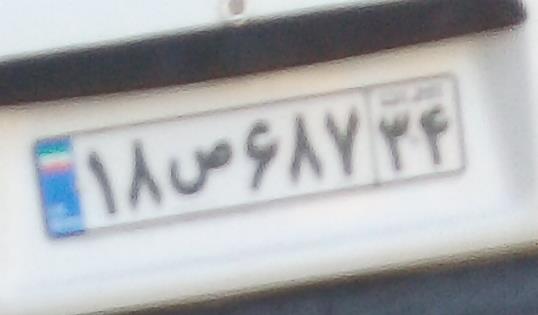
۱۸ص۶۸۷۳۴